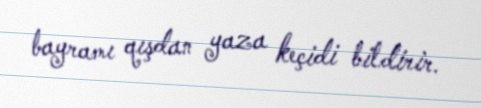
bayramı qışdan yaza keçidi bildirir.